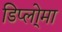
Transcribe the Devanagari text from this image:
डिप्लो्मा